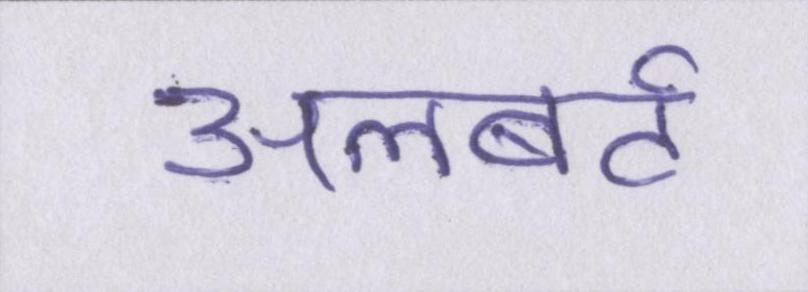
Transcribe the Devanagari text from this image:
अलबर्ट